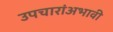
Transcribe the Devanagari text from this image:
उपचारांअभावी